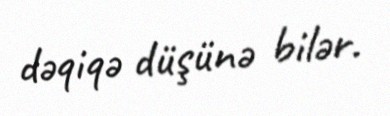
dəqiqə düşünə bilər.